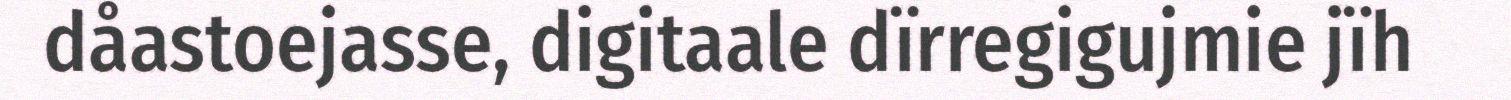
dåastoejasse, digitaale dïrregigujmie jïh